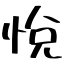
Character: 悅